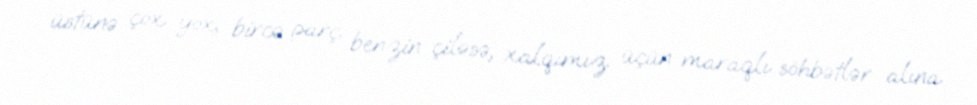
üstünə çox yox, bircə parç benzin çiləsə, xalqımız üçün maraqlı söhbətlər alına